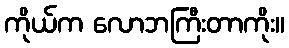
ကိုယ်က လောဘကြီးတာကိုး။